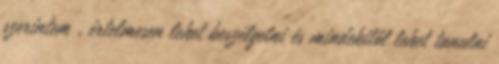
szerintem , értelmesen lehet beszélgetni és mindekitől lehet tanulni